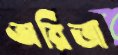
অরিত্রা